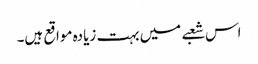
اس شعبے میں بہت زیادہ مواقع ہیں۔